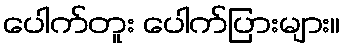
ပေါက်တူး ပေါက်ပြားများ။